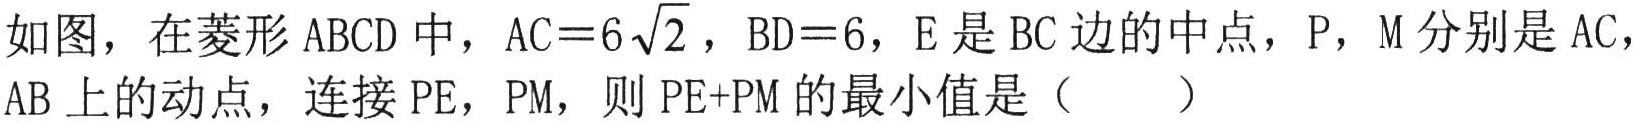
如图，在菱形\(ABCD\)中，\(AC = 6\sqrt{2}\)，\(BD = 6\)，\(E\)是\(BC\)边的中点，\(P\)，\(M\)分别是\(AC\)，\(AB\)上的动点，连接\(PE\)，\(PM\)，则\(PE + PM\)的最小值是（  ）